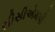
સીસીએમપી